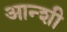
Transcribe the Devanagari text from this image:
आन्शी